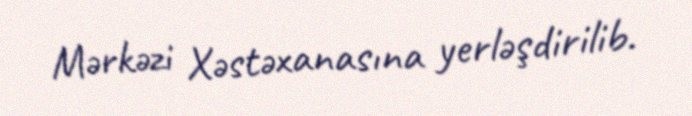
Mərkəzi Xəstəxanasına yerləşdirilib.